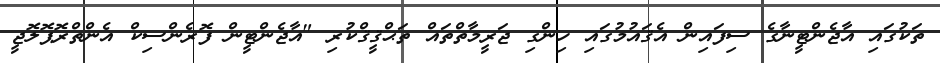
ތަކުގައި އާޖެންޓީނާގެ ސިފައިން އެޤައުމުގައި ހިންގި ޖަރީމާތްތައް ތަޙްޤީޤްކުރި "އާޖެންޓީން ފޮރެންސިކް އެންތްރޮޕޮލޮޖީ